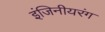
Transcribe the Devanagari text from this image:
इंजिनीयरंग